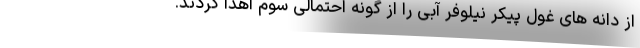
از دانه های غول پیکر نیلوفر آبی را از گونه احتمالی سوم اهدا کردند.